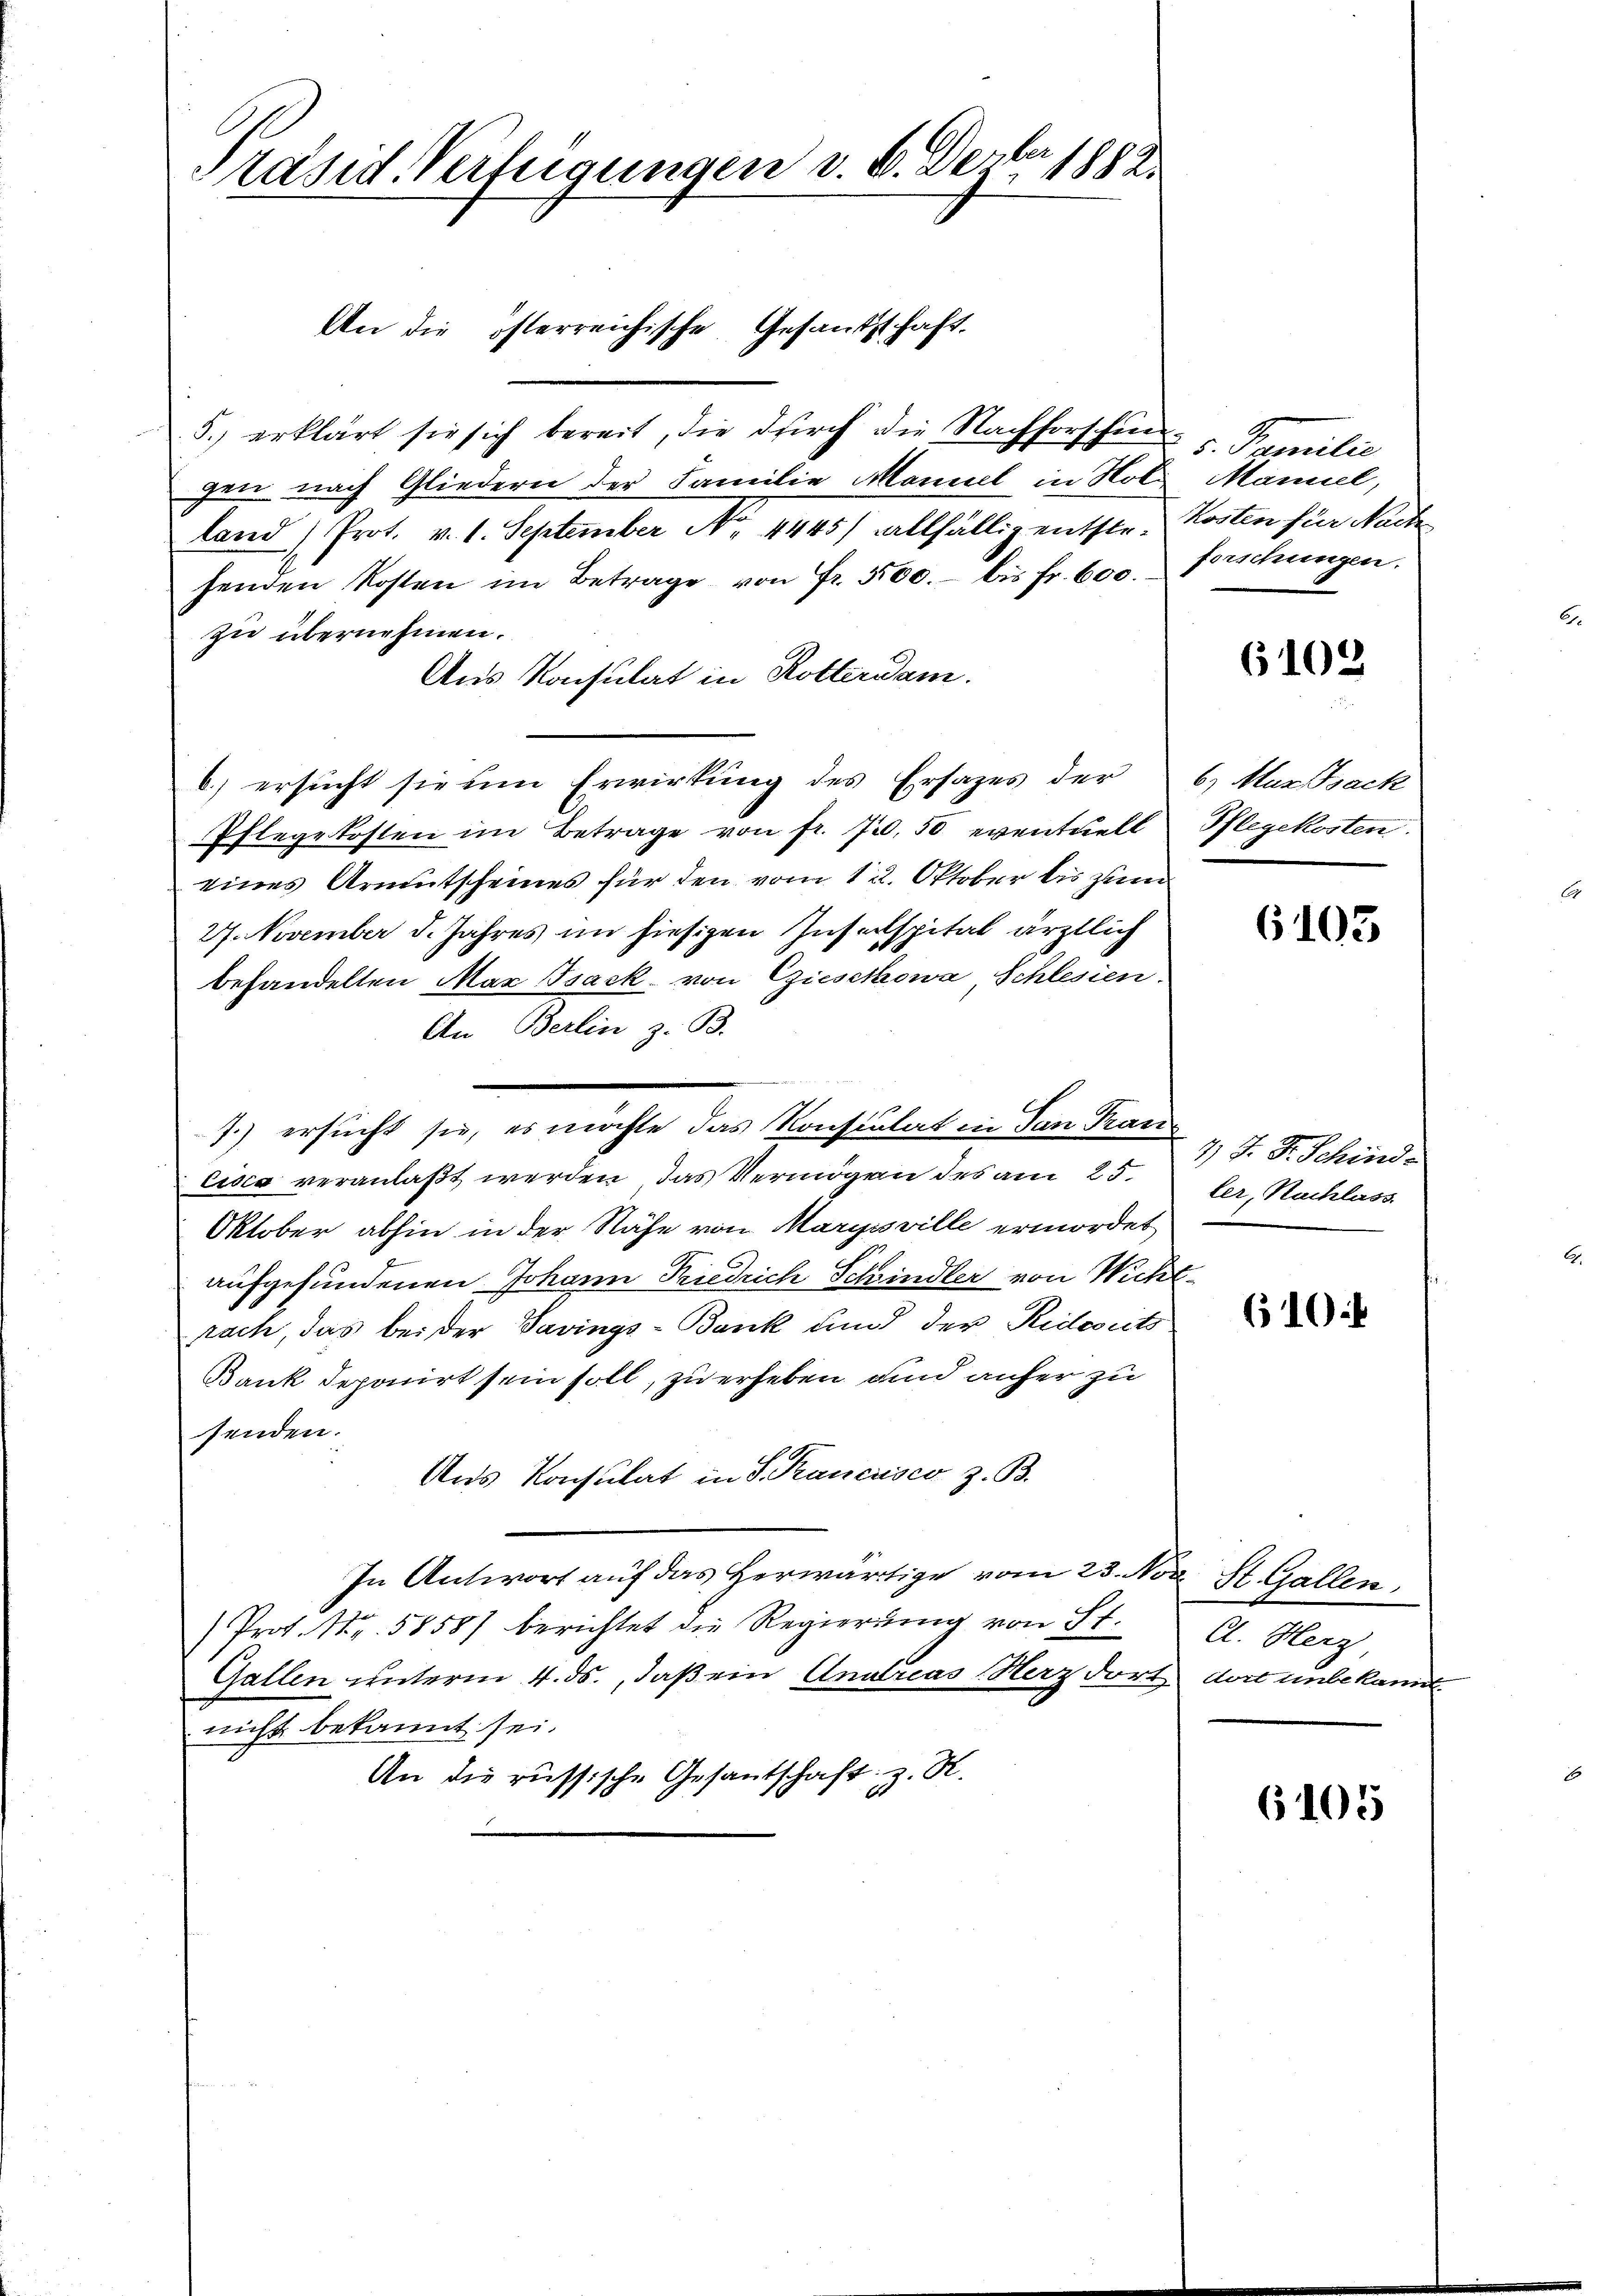
Präsid. Verfügungen v. 6. Derber 1882

5.) erklärt sie sich bereit, die durch die Nachforschigen nach Gliedern der Familie Manuel in Holland (Prot. v. 1. September No. 4445) allfällig entser- Kosten für Nach
fenden Kosten im Betrage von Fr. 500. bis fr. 600. Forschungen.
zu übernehmen.
Aus Konsulat in Rotteram
b.) ersucht sie um Erwirkung des Ersatzes der 6. Marsack
Pflegekosten im Betrage von fr. 73. 50 eventuell
eines Armutscheines für den vom 12. Oktober bis zum
27. November d. Jahres im hiesigen Insellspital ärztlich
behandelten Max Isack von Giesekowa Schlesien.
An Berlin z. B.
7.) ersucht sie, es möchte das Konsulat in San Pran
Eisia veranlaßt werden, das Vermögen des am 25.
Oktober abhin in der Nähe von Marysville ermordet
aufgefundenen Johann Friedrich Schindler von Wichtrach, das bei der Savings-Bank und der Redeuts
Bank deponirt sein soll, zu erheben und anher zu
senden.
Ans Konsulat in S. Pancisco z. B.
In Antwort auf das Herwärtige vom 23. Nov. St. Gallen,
Prot. Nr. 5858) berichtet die Regierung von St.
Gallen unterm 4. ds., daß ein Andreas Herz dort dort unbekannt
nicht bekannt sei.
An die russische Gesantschaft z. R.

An die österreichische Gesanththaft,

v. Familie
Maniel,

6102

Pflegekosten.

6103

4) J. J. Schinde
ler, Nachlass

610

A. Herz,

6105